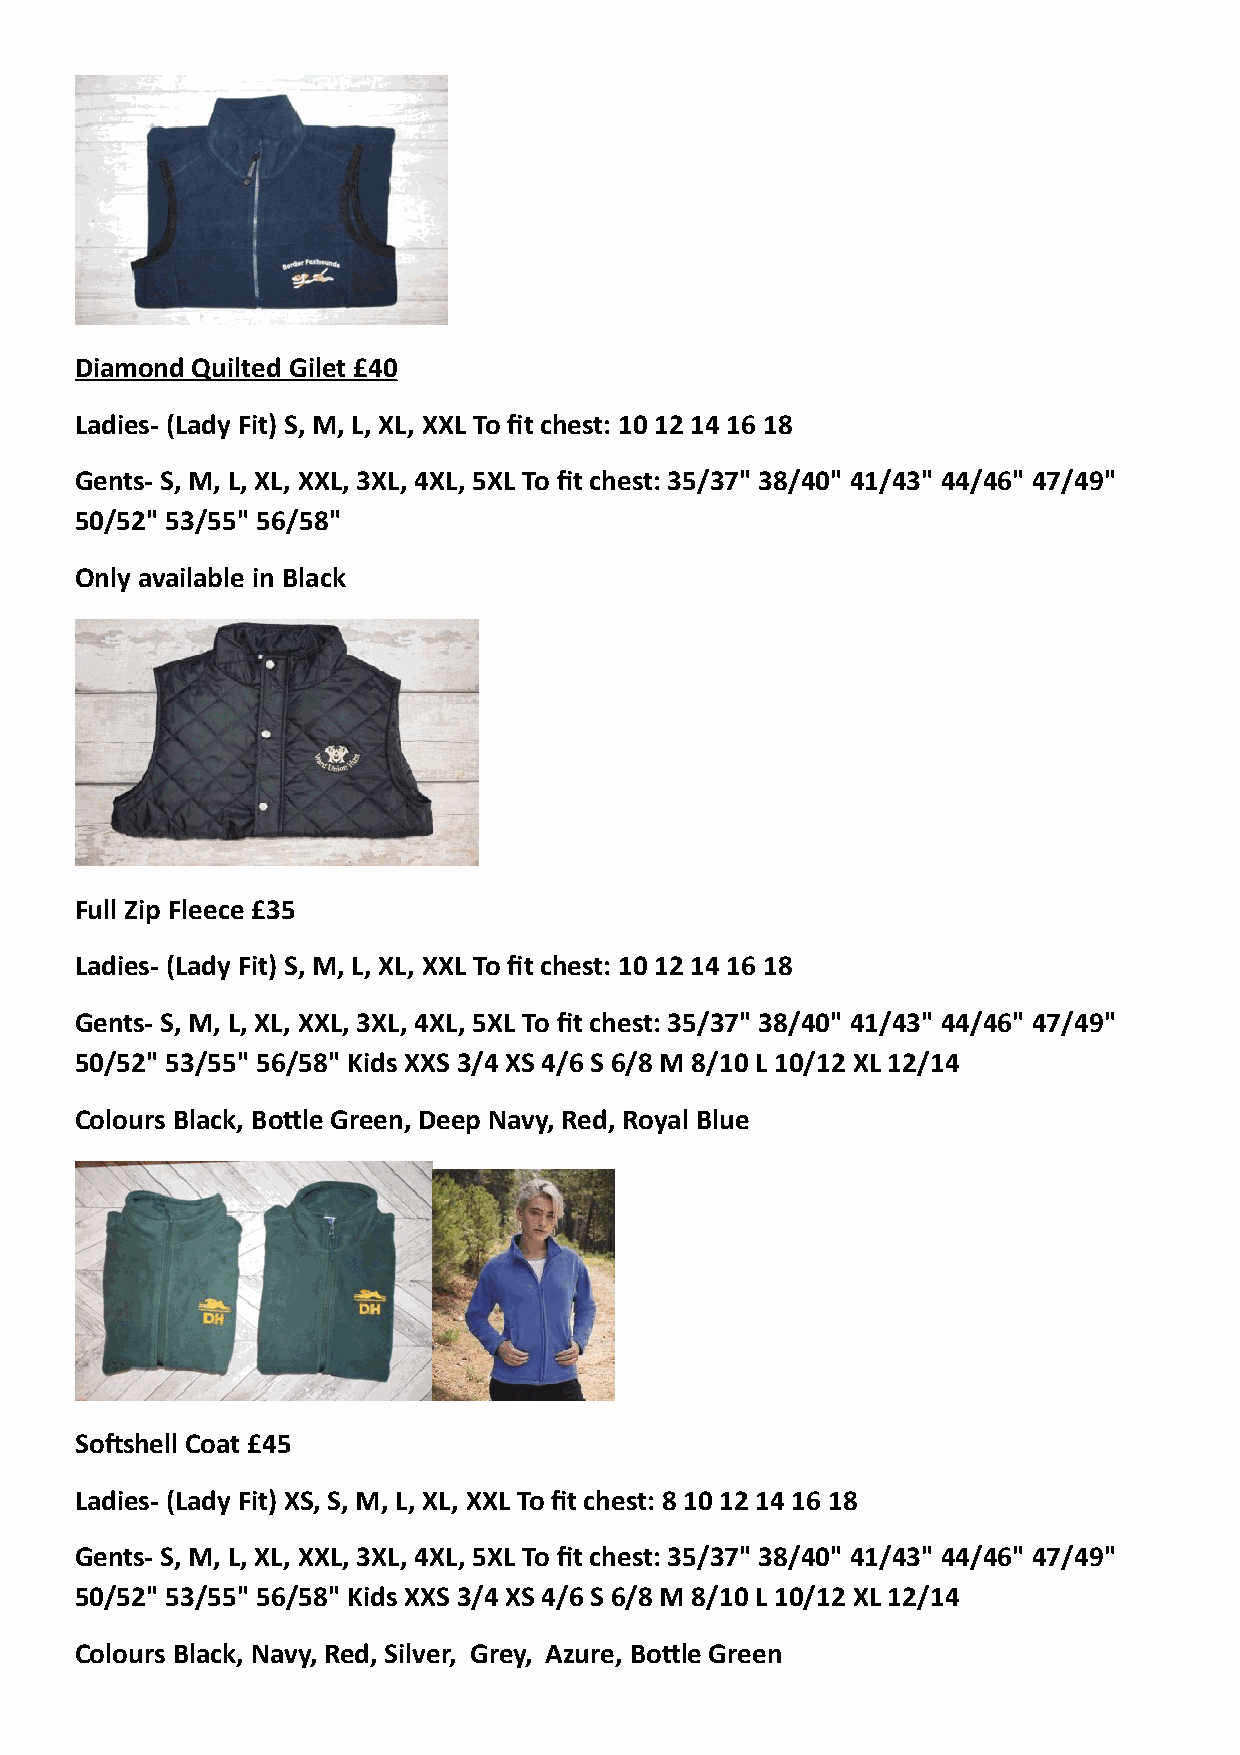
Diamond Quilted Gilet £40
 Ladies- (Lady Fit) S, M, L, XL, XXL To fit chest: 10 12 14 16 18
 Gents- S, M, L, XL, XXL, 3XL, 4XL, 5XL To fit chest: 35/37" 38/40" 41/43" 44/46" 47/49"
 50/52" 53/55" 56/58"
 Only available in Black
 Full Zip Fleece £35
 Ladies- (Lady Fit) S, M, L, XL, XXL To fit chest: 10 12 14 16 18
 Gents- S, M, L, XL, XXL, 3XL, 4XL, 5XL To fit chest: 35/37" 38/40" 41/43" 44/46" 47/49"
 50/52" 53/55" 56/58" Kids XXS 3/4 XS 4/6 S 6/8 M 8/10 L 10/12 XL 12/14
 Colours Black, BoNle Green, Deep Navy, Red, Royal Blue
 Sokshell Coat £45
 Ladies- (Lady Fit) XS, S, M, L, XL, XXL To fit chest: 8 10 12 14 16 18
 Gents- S, M, L, XL, XXL, 3XL, 4XL, 5XL To fit chest: 35/37" 38/40" 41/43" 44/46" 47/49"
 50/52" 53/55" 56/58" Kids XXS 3/4 XS 4/6 S 6/8 M 8/10 L 10/12 XL 12/14
 Colours Black, Navy, Red, Silver, Grey, Azure, BoNle Green